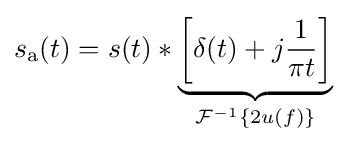
s_{\mathrm {a} }(t)=s(t)*\underbrace {\left[\delta (t)+j{1 \over \pi t}\right]} _{{\mathcal {F}}^{-1}\{2u(f)\}}